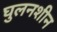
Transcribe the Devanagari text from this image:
घुलनशीन